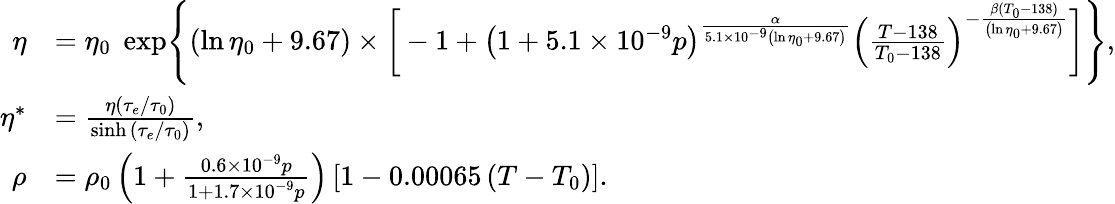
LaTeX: \begin{array}{rl}{\eta}&{=\eta_{0}\; \exp\Biggl\{ (\ln\eta_{0}+9.67)\times\bigg[-1+\left(1+5.1\times 10^{-9}p\right)^{\frac{\alpha}{5.1\times 10^{-9}\left(\ln\eta_{0}+9.67\right)}}\left(\frac{T-138}{T_{0}-138}\right)^{-\frac{\beta(T_{0}-138)}{\left(\ln\eta_{0}+9.67\right)}}\bigg]\Biggl\} ,}\\ {\eta^{*}}&{=\frac{\eta\left(\tau_{e}/\tau_{0}\right)}{\sinh{\left(\tau_{e}/\tau_{0}\right)}},}\\ {\rho}&{=\rho_{0}\left(1+\frac{0.6\times 10^{-9}p}{1+1.7\times 10^{-9}p}\right)\left[1-0.00065\left(T-T_{0}\right)\right].}\end{array}